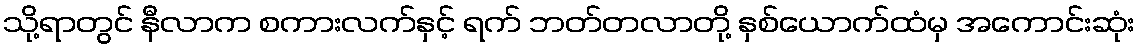
သို့ရာတွင် နီလာက စကားလက်နှင့် ရက် ဘတ်တလာတို့ နှစ်ယောက်ထံမှ အကောင်းဆုံး